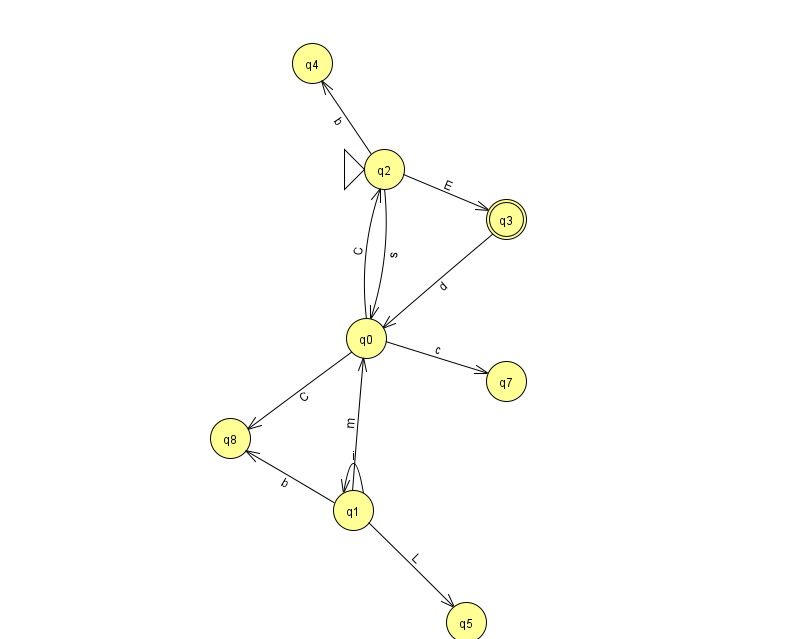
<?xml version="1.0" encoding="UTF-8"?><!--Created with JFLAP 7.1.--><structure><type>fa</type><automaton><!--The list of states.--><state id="0" name="q0"><x>366.0</x><y>325.0</y></state><state id="1" name="q1"><x>353.0</x><y>497.0</y></state><state id="2" name="q2"><x>384.0</x><y>156.0</y><initial/></state><state id="3" name="q3"><x>506.0</x><y>206.0</y><final/></state><state id="4" name="q4"><x>312.0</x><y>50.0</y></state><state id="5" name="q5"><x>466.0</x><y>609.0</y></state><state id="7" name="q7"><x>506.0</x><y>368.0</y></state><state id="8" name="q8"><x>230.0</x><y>425.0</y></state><!--The list of transitions.--><transition><from>2</from><to>3</to><read>E</read></transition><transition><from>1</from><to>0</to><read>m</read></transition><transition><from>1</from><to>5</to><read>L</read></transition><transition><from>1</from><to>8</to><read>b</read></transition><transition><from>0</from><to>7</to><read>c</read></transition><transition><from>3</from><to>0</to><read>d</read></transition><transition><from>0</from><to>2</to><read>C</read></transition><transition><from>1</from><to>1</to><read>i</read></transition><transition><from>2</from><to>0</to><read>s</read></transition><transition><from>0</from><to>8</to><read>C</read></transition><transition><from>2</from><to>4</to><read>b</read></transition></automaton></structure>